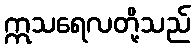
ဣသရေလတို့သည်